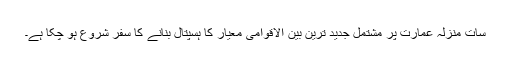
سات منزلہ عمارت پر مشتمل جدید ترین بین الاقوامی معیار کا ہسپتال بنانے کا سفر شروع ہو چکا ہے۔